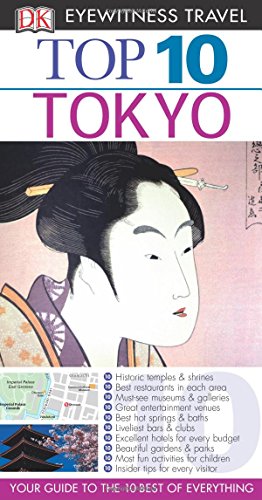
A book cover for Top 10 Tokyo (Eyewitness Top 10 Travel Guide); Stephen Mansfield; Travel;